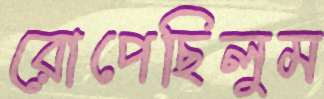
রোপেছিলুম